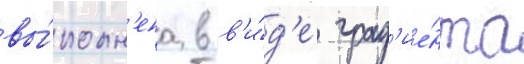
вы́полн'ена в в'и́д'е град'ие́нта